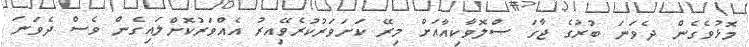
މޮޅުވެގެން ދެވަނަ ބުރުގެ ޖާގަ ސްލޮވާކިއާއަށް މިރޭ ކަށަވަރުކުރެވޭއިރު އެއްވަރުކޮށްލައިގެން ވެސް ދެވަނަ